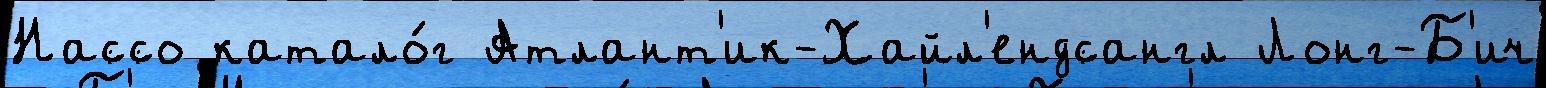
Нассо катало́г Атлант'ик-Хайл'ендсангл Лонг-Б'ич